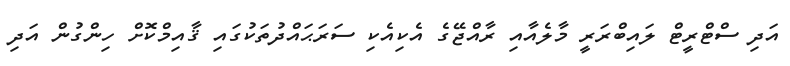
އަދި ސްޓްރީޓް ލައިބްރަރީ މާލެއާއި ރާއްޖޭގެ އެކިއެކި ސަރަޙައްދުތަކުގައި ޤާއިމްކޮށް ހިންގުން އަދި